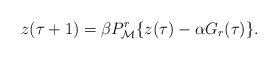
LaTeX: \begin{align*}z(\tau+1)=\beta P^r_\mathcal{M}\{z(\tau)-\alpha G_r(\tau)\}.\end{align*}